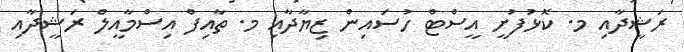
ރަޝީދާއި މ. ކޮޅުފުށީ އީސްޓް ހުސައިން ޒިޔާދާއި މ. ތާއިފް އިސްމާއީލް ރަޝީދާއި